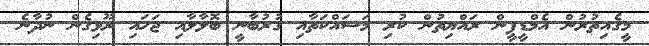
މީގެއިތުރުން އެމްޑީޕީން ރައްޔިތުން ކުރި މަސައްކަތާއި ގުރުބާނީ ބޮލާލާއި ޖަހައި ރޫޅިގެން ނުދާނެ